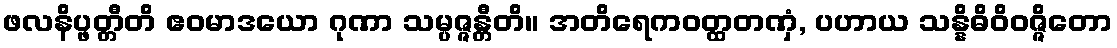
ဖလနိပ္ဖတ္တီတိ ဧဝမာဒယော ဂုဏာ သမ္ပဇ္ဇန္တီတိ။ အတိရေကဝတ္ထတဏှံ, ပဟာယ သန္နိဓိဝိဝဇ္ဇိတော